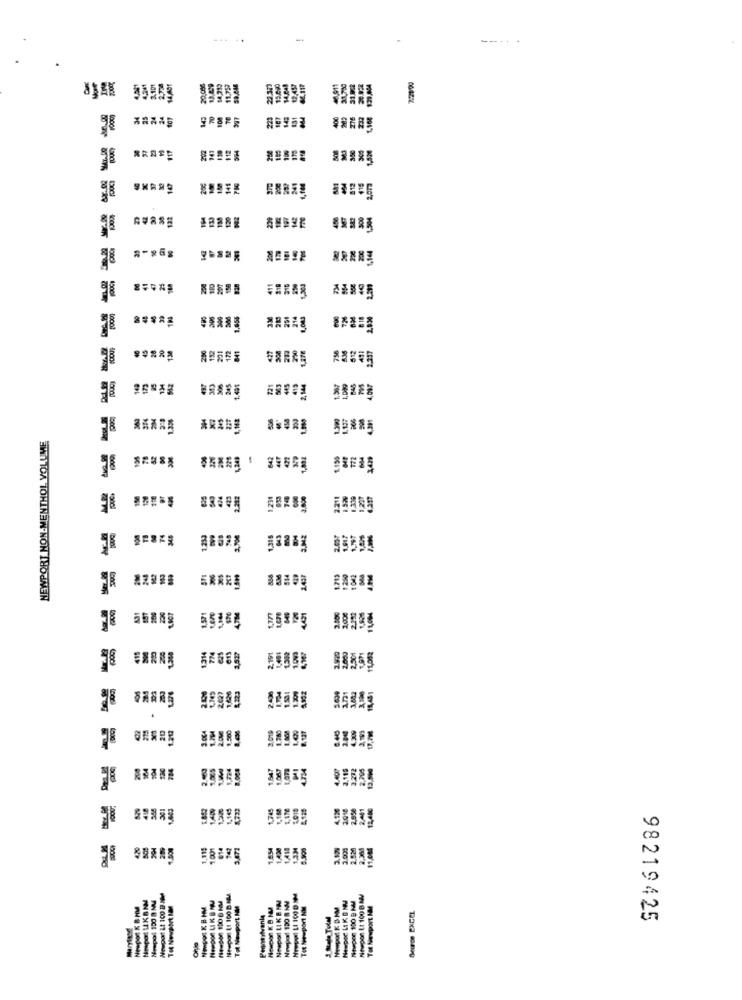
--...
25
RRASE
ARANE
WOWY
214
ARRAS
NEWPORT NON-MENTHOL VOLUME
ARABE
art
ERARE
LIGT
55384 55365
98555
2.5%
1.119
10000
Nevper Lt 100 BNV
It 100 D
Tot Newport NM
Tet Newport NM
Tot Newport MM
98219425